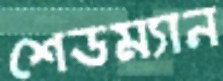
শেডম্যান